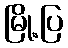
မြို့ပြ